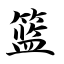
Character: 篮